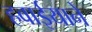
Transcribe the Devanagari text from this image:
हवाईयाने